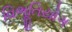
વિભૂતિયોગ